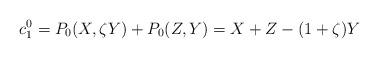
LaTeX: \begin{align*}c_1^0 = P_0 ( X, \zeta Y) + P_0( Z, Y) = X +Z- (1+\zeta) Y\end{align*}